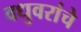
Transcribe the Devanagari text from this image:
वधुवरांचे